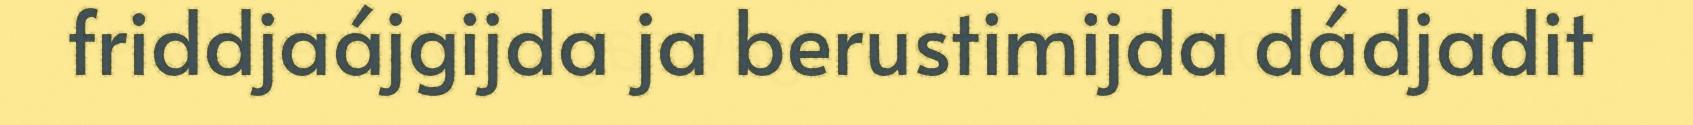
friddjaájgijda ja berustimijda dádjadit